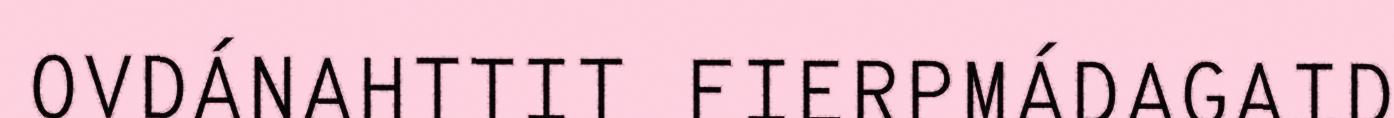
OVDÁNAHTTIT FIERPMÁDAGAID